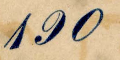
190